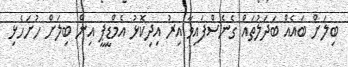
ބިލަށް ބައެއް ބަދަލުތައް ގެނެސްފައިވާ އިރު އިދިކޮޅު އެމްޑީޕީ އިން ބިލަށް ހުށަހެޅި